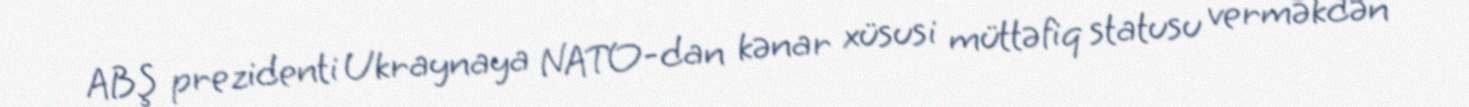
ABŞ prezidenti Ukraynaya NATO-dan kənar xüsusi müttəfiq statusu verməkdən